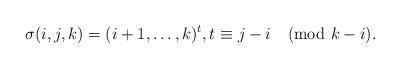
LaTeX: \begin{align*}\sigma(i,j,k)=(i+1,\ldots,k)^t,t\equiv j-i{\pmod{k-i}}.\end{align*}